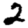
Digit: 2